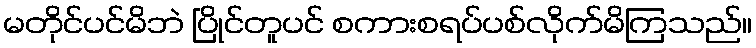
မတိုင်ပင်မိဘဲ ပြိုင်တူပင် စကားစရပ်ပစ်လိုက်မိကြသည်။